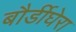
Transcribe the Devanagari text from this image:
बौर्डीघेरा